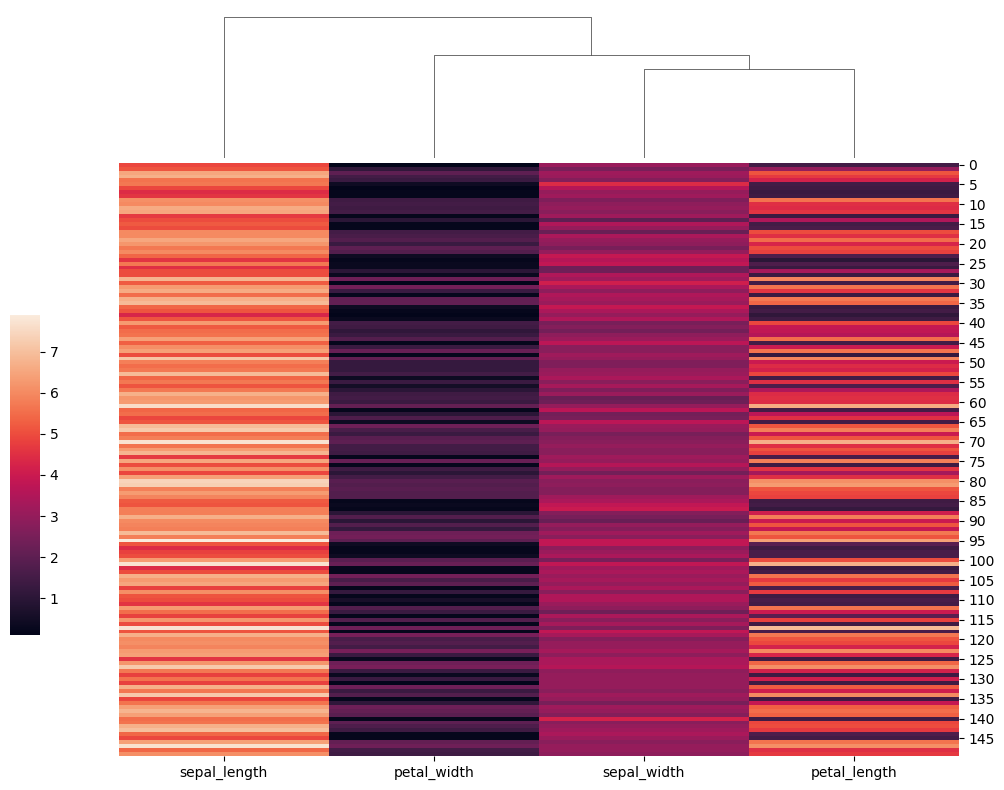
python, seaborn, clustermap, figsize=(10, 8), row_cluster=False, dendrogram_ratio=(0.1, 0.2), cbar_pos=(0, 0.2, 0.03, 0.4)